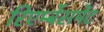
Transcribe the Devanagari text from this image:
रिएर्म्बेसमेंट